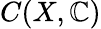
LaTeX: C(X,\mathbb{C})